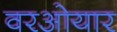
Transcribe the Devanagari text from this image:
वरओयार